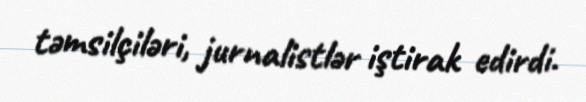
təmsilçiləri, jurnalistlər iştirak edirdi.